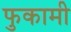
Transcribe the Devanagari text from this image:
फुकामी